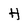
Character: H